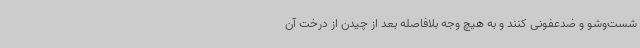
شست‌وشو و ضدعفونی کنند و به هیچ وجه بلافاصله بعد از چیدن از درخت آن